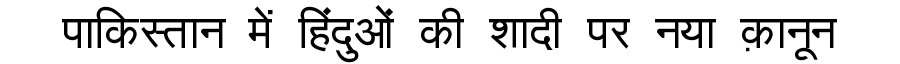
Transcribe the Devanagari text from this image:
पाकिस्तान में हिंदुओं की शादी पर नया क़ानून